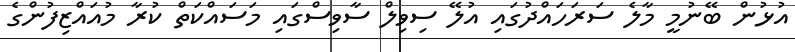
އުޅުން ބޭނުމީ މާލެ ސަރަހައްދުގައި އުލޭ ސިވިލް ސާވިސްގައި މަސައްކަތް ކުރާ މުއައްޒިފުންގެ